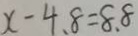
x - 4 . 8 = 8 . 8